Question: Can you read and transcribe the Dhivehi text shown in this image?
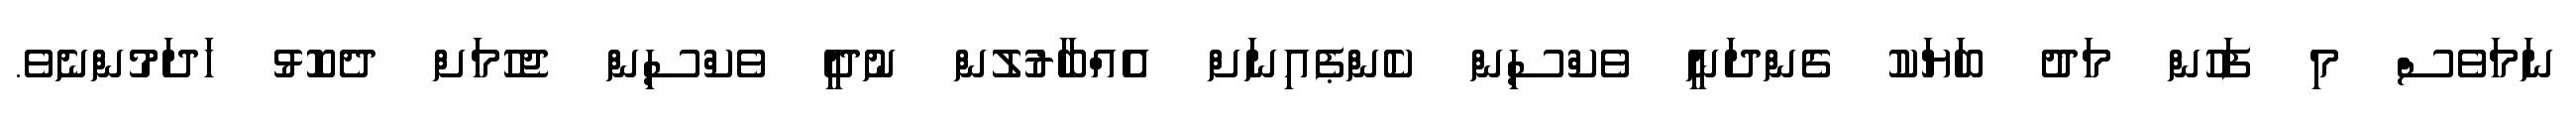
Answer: ނަމަވެސް މި ފަހުން މަދު ބަޔަކު ގެންދަނީ ވެކްސިން ކެންޕެއިނަށް އެއްބާރުލުން ނުދީ ވެކްސިން ޖެހުމަށް ދެކޮޅު ހަދަމުންނެވެ.